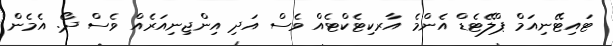
ޓައިޓޭނިއަމް ޕްލޭޓެޑް އެންމެ އާރކިޓެކްޓެއް ވެސް އަދި އިންޖިނިއަރެއް ވެސް ދޯ. އެމެން